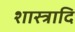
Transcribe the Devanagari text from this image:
शास्त्रादि